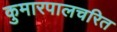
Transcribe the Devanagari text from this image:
कुमारपालचरित